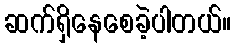
ဆက်ရှိနေစေခဲ့ပါတယ်။